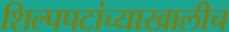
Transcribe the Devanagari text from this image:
शिल्पपटांच्याखालीच